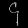
Digit: ၄